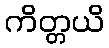
ကိတ္တယိ